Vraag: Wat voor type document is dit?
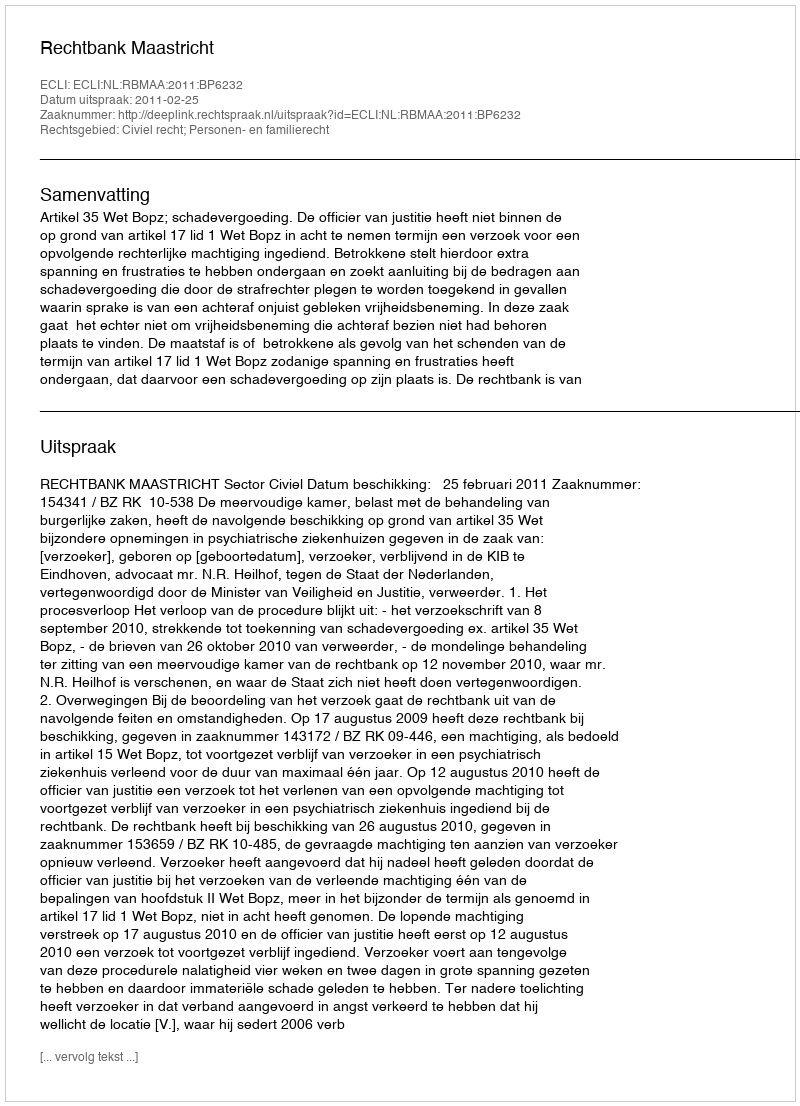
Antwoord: Uitspraak